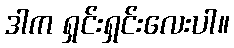
ဒါက ရှင်းရှင်းလေးပါ။